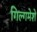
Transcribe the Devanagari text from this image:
गिल्गमेशे